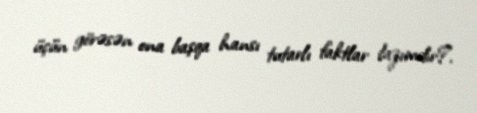
üçün görəsən ona başqa hansı tutarlı faktlar lazımdır?.